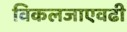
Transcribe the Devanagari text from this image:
विकलजाएवढी